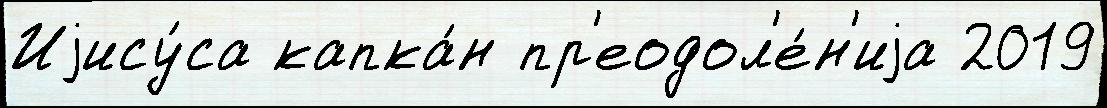
Иjису́са капка́н пр'еодол'е́н'иjа 2019